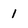
Character: l